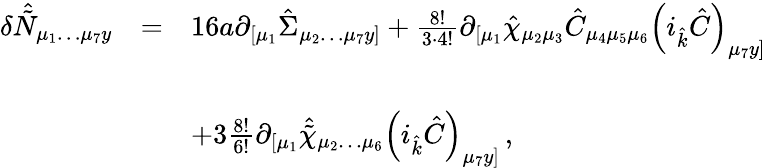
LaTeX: \begin{array}{rcl}{{\delta\hat{\tilde{N}}_{\mu_{1}\ldots\mu_{7}y}}}&{{=}}&{{16a\partial_{[\mu_{1}}\hat{\Sigma}_{\mu_{2}\ldots\mu_{7}y]}+\frac{8!}{3\cdot 4!}\partial_{[\mu_{1}}\hat{\chi}_{\mu_{2}\mu_{3}}\hat{C}_{\mu_{4}\mu_{5}\mu_{6}}\left(i_{\hat{k}}\hat{C}\right)_{\mu_{7}y]}}}\\ {{}}&{{}}&{{}}\\ {{}}&{{}}&{{+3\frac{8!}{6!}\partial_{[\mu_{1}}\hat{\tilde{\chi}}_{\mu_{2}\ldots\mu_{6}}\left(i_{\hat{k}}\hat{C}\right)_{\mu_{7}y]}\, ,}}\end{array}